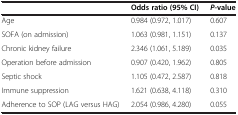
|  | Odds ratio (95% CI) | P-value |
 | --- | --- | --- |
 | Age | 0.984 (0.972, 1.017) | 0.607 |
 | SOFA (on admission) | 1.063 (0.981, 1.151) | 0.137 |
 | Chronic kidney failure | 2.346 (1.061, 5.189) | 0.035 |
 | Operation before admission | 0.907 (0.420, 1.962) | 0.805 |
 | Septic shock | 1.105 (0.472, 2.587) | 0.818 |
 | Immune suppression | 1.621 (0.638, 4.118) | 0.310 |
 | Adherence to SOP (LAG versus HAG) | 2.054 (0.986, 4.280) | 0.055 |